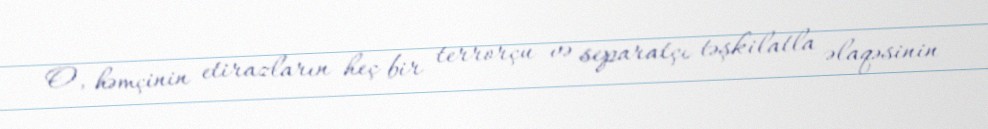
O, həmçinin etirazların heç bir terrorçu və separatçı təşkilatla əlaqəsinin